Report on the cultivation of protesoma, Labbé, in grey mosquitoes
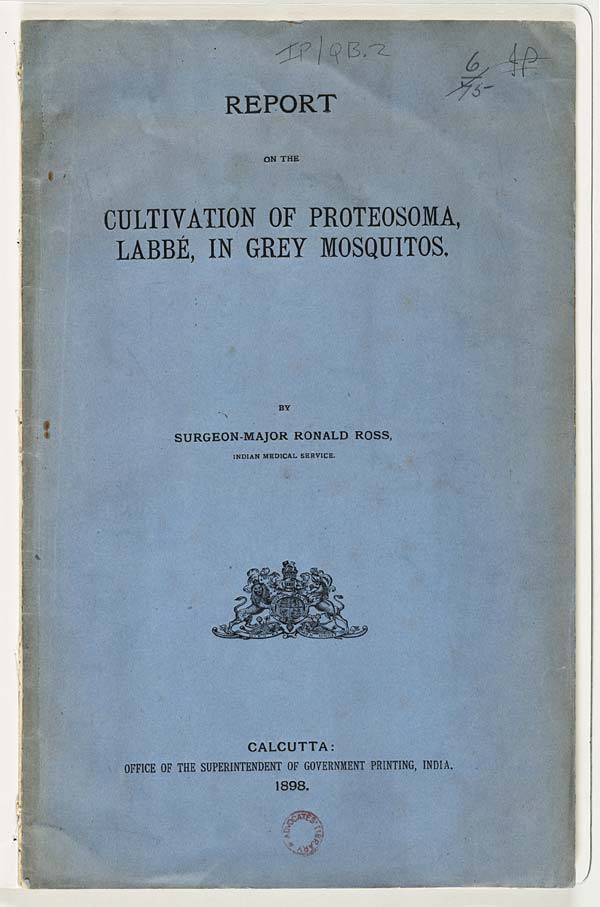
REPORT
ON THE
CULTIVATION OF PROTEOSOMA,
LABBÉ, IN GREY MOSQUITOS.
BY
SURGEON-MAJOR RONALD ROSS,
INDIAN MEDICAL SERVICE.
CALCUTTA:
OFFICE OF THE SUPERINTENDENT OF GOVERNMENT PRINTING, INDIA.
1898.